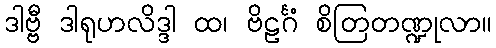
ဒါဗ္ဗီ ဒါရုဟလိဒ္ဒါ ထ၊ ဗိဠင်္ဂံ စိတြတဏ္ဍုလာ။